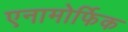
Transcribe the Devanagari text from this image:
एनामोर्फिक